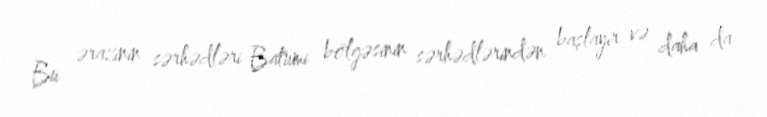
Bu ərazinin sərhədləri Batumi bölgəsinin sərhədlərindən başlayır və daha da